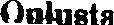
Oulusta